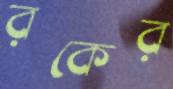
রকের